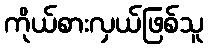
ကိုယ်စားလှယ်ဖြစ်သူ